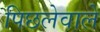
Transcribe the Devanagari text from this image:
पिछलेवाले